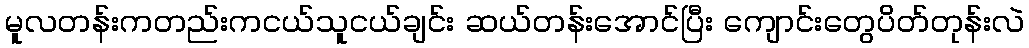
မူလတန်းကတည်းကငယ်သူငယ်ချင်း ဆယ်တန်းအောင်ပြီး ကျောင်းတွေပိတ်တုန်းလဲ